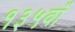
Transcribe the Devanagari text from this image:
१३५वाँ